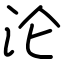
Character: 沦